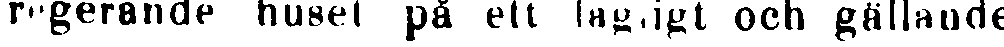
regerande huset på ett lagligt och gällande